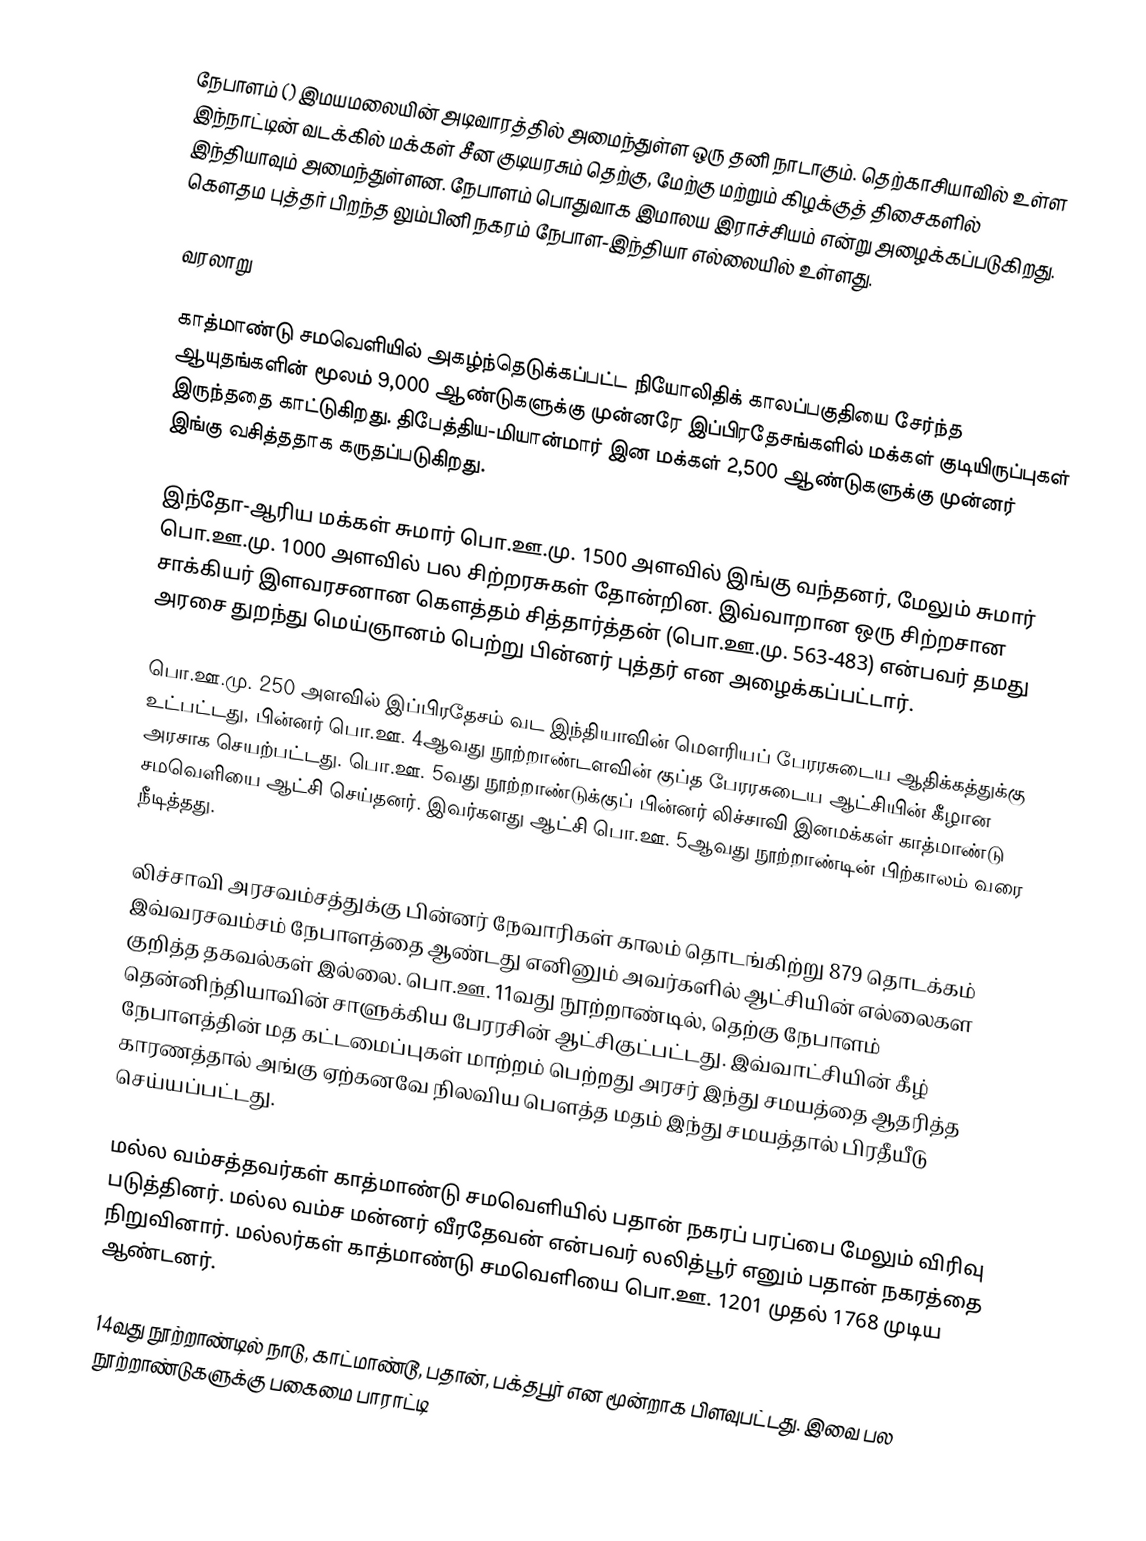
நேபாளம் ()  இமயமலையின் அடிவாரத்தில் அமைந்துள்ள ஒரு தனி நாடாகும். தெற்காசியாவில் உள்ள இந்நாட்டின் வடக்கில் மக்கள் சீன குடியரசும் தெற்கு, மேற்கு மற்றும் கிழக்குத் திசைகளில் இந்தியாவும் அமைந்துள்ளன. நேபாளம் பொதுவாக இமாலய இராச்சியம் என்று அழைக்கப்படுகிறது. கௌதம புத்தர் பிறந்த லும்பினி நகரம் நேபாள-இந்தியா எல்லையில் உள்ளது.

வரலாறு

காத்மாண்டு சமவெளியில் அகழ்ந்தெடுக்கப்பட்ட நியோலிதிக் காலப்பகுதியை சேர்ந்த ஆயுதங்களின் மூலம் 9,000 ஆண்டுகளுக்கு முன்னரே இப்பிரதேசங்களில் மக்கள் குடியிருப்புகள் இருந்ததை காட்டுகிறது. திபேத்திய-மியான்மார் இன மக்கள் 2,500 ஆண்டுகளுக்கு முன்னர் இங்கு வசித்ததாக கருதப்படுகிறது.

இந்தோ-ஆரிய மக்கள் சுமார் பொ.ஊ.மு. 1500 அளவில் இங்கு வந்தனர், மேலும் சுமார் பொ.ஊ.மு. 1000 அளவில் பல சிற்றரசுகள் தோன்றின. இவ்வாறான ஒரு சிற்றசான சாக்கியர் இளவரசனான கௌத்தம் சித்தார்த்தன் (பொ.ஊ.மு. 563-483) என்பவர் தமது அரசை துறந்து மெய்ஞானம் பெற்று பின்னர் புத்தர் என அழைக்கப்பட்டார்.

பொ.ஊ.மு. 250 அளவில் இப்பிரதேசம் வட இந்தியாவின் மௌரியப் பேரரசுடைய ஆதிக்கத்துக்கு உட்பட்டது, பின்னர் பொ.ஊ. 4ஆவது நூற்றாண்டளவின் குப்த பேரரசுடைய ஆட்சியின் கீழான அரசாக செயற்பட்டது. பொ.ஊ. 5வது நூற்றாண்டுக்குப் பின்னர் லிச்சாவி  இனமக்கள் காத்மாண்டு சமவெளியை ஆட்சி செய்தனர். இவர்களது ஆட்சி பொ.ஊ. 5ஆவது நூற்றாண்டின் பிற்காலம் வரை நீடித்தது.

லிச்சாவி அரசவம்சத்துக்கு பின்னர் நேவாரிகள் காலம் தொடங்கிற்று 879 தொடக்கம் இவ்வரசவம்சம் நேபாளத்தை ஆண்டது எனினும் அவர்களில் ஆட்சியின் எல்லைகள குறித்த தகவல்கள் இல்லை. பொ.ஊ. 11வது நூற்றாண்டில், தெற்கு நேபாளம் தென்னிந்தியாவின் சாளுக்கிய பேரரசின் ஆட்சிகுட்பட்டது. இவ்வாட்சியின் கீழ் நேபாளத்தின் மத கட்டமைப்புகள் மாற்றம் பெற்றது அரசர் இந்து சமயத்தை ஆதரித்த காரணத்தால் அங்கு ஏற்கனவே நிலவிய பௌத்த மதம் இந்து சமயத்தால் பிரதீயீடு செய்யப்பட்டது.

மல்ல வம்சத்தவர்கள் காத்மாண்டு சமவெளியில் பதான் நகரப் பரப்பை மேலும் விரிவு படுத்தினர். மல்ல வம்ச மன்னர் வீரதேவன் என்பவர் லலித்பூர் எனும் பதான் நகரத்தை நிறுவினார். மல்லர்கள் காத்மாண்டு சமவெளியை பொ.ஊ. 1201 முதல் 1768 முடிய ஆண்டனர்.

14வது நூற்றாண்டில் நாடு, காட்மாண்டூ, பதான், பக்தபூர் என மூன்றாக பிளவுபட்டது. இவை பல நூற்றாண்டுகளுக்கு பகைமை பாராட்டி